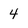
Character: 4